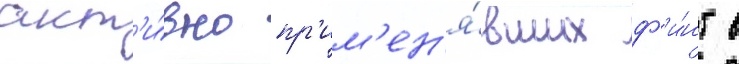
акт'и́вно пр'им'ен'я́вших ф'и́нт в